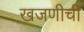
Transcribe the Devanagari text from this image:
खजणीची